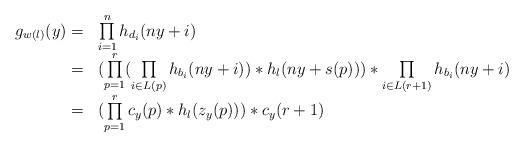
LaTeX: \begin{align*}\begin{array}{rl}g_{w(l)}(y)= & \prod\limits_{i=1}^n h_{d_i}(ny+i) \\= & (\prod\limits_{p=1}^r(\prod\limits_{i \in L(p)}h_{b_i}(ny+i)) \ast h_l(ny+s(p))) \ast \prod\limits_{i \in {L(r+1)}}h_{b_i}(ny+i)\\= & (\prod\limits_{p=1}^r c_y(p) \ast h_l(z_y(p))) \ast c_y(r+1)\end{array}\end{align*}